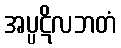
အပ္ပဋိလဘတံ